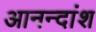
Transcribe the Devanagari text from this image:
आनन्दांश